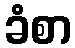
ခံစာ